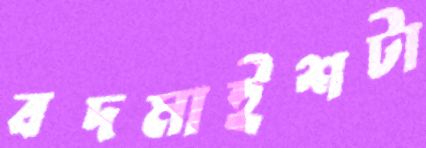
বদমাইশটা